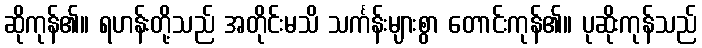
ဆိုကုန်၏။ ရဟန်းတို့သည် အတိုင်းမသိ သင်္ကန်းများစွာ တောင်းကုန်၏။ ပုဆိုးကုန်သည်